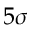
5 \sigma